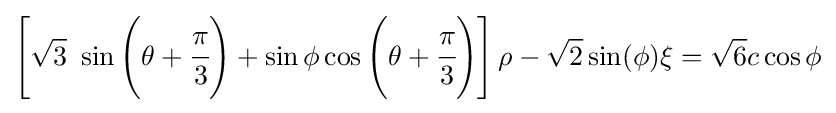
\left[{\sqrt {3}}~\sin \left(\theta +{\cfrac {\pi }{3}}\right)+\sin \phi \cos \left(\theta +{\cfrac {\pi }{3}}\right)\right]\rho -{\sqrt {2}}\sin(\phi )\xi ={\sqrt {6}}c\cos \phi